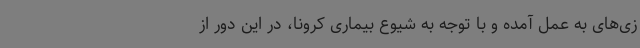
زی‌های به عمل آمده و با توجه به شیوع بیماری کرونا، در این دور از